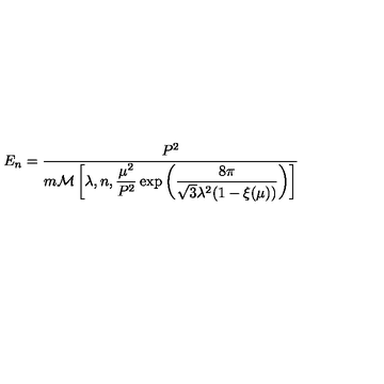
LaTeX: E _ { n } = \frac { P ^ { 2 } } { m { \cal M } \left[ \lambda , n , \displaystyle { \frac { \mu ^ { 2 } } { P ^ { 2 } } } \exp \left( { \frac { 8 \pi } { \sqrt { 3 } \lambda ^ { 2 } ( 1 - \xi ( \mu ) ) } } \right) \right] }